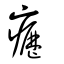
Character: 癧